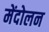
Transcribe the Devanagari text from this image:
मेंदोलन